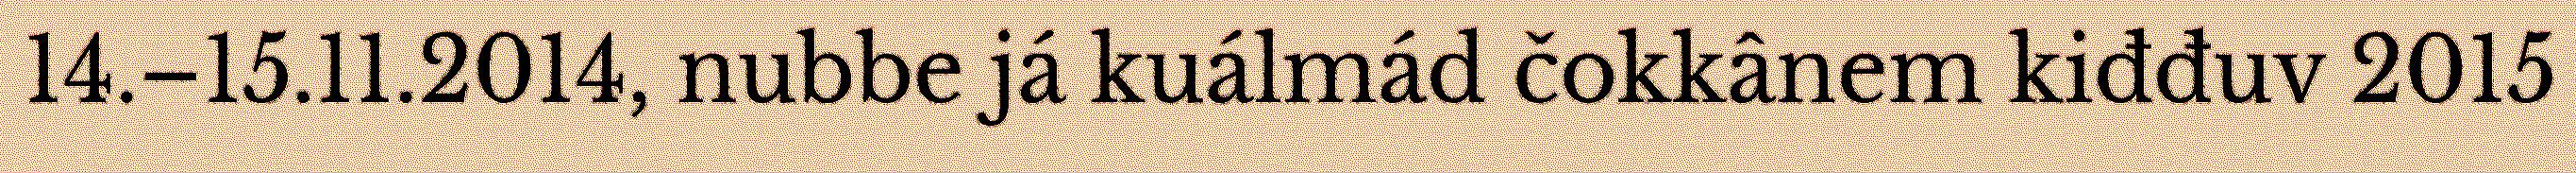
14.–15.11.2014, nubbe já kuálmád čokkânem kiđđuv 2015